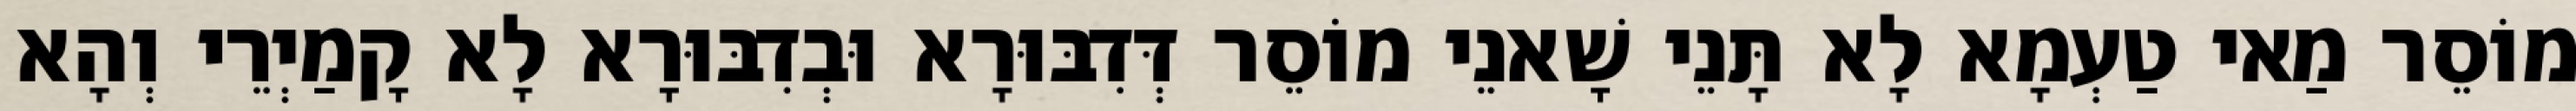
מוֹסֵר מַאי טַעְמָא לָא תָּנֵי שָׁאנֵי מוֹסֵר דְּדִבּוּרָא וּבְדִבּוּרָא לָא קָמַיְרֵי וְהָא